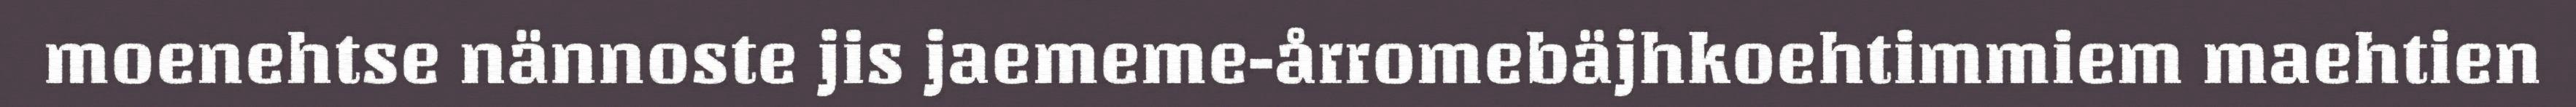
moenehtse nännoste jis jaememe-årromebäjhkoehtimmiem maehtien